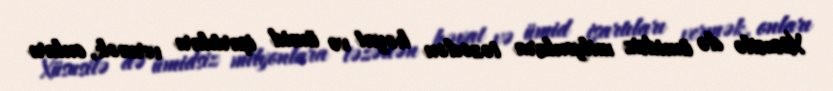
Xüsusilə də ümidsiz milyonlara təzədən həyat və ümid işartıları vermək, onları